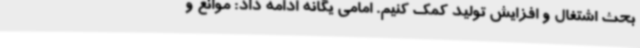
بحث اشتغال و افزایش تولید کمک کنیم. امامی یگانه ادامه داد: موانع و